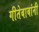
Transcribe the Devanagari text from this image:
गीतेबाबांनी